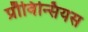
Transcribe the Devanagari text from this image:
प्रौविन्सियस